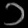
Digit: ၁